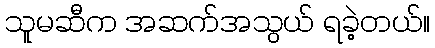
သူမဆီက အဆက်အသွယ် ရခဲ့တယ်။